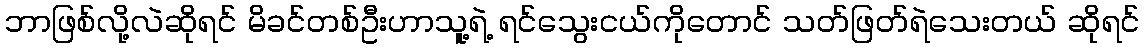
ဘာဖြစ်လို့လဲဆိုရင် မိခင်တစ်ဦးဟာသူ့ရဲ့ ရင်သွေးငယ်ကိုတောင် သတ်ဖြတ်ရဲသေးတယ် ဆိုရင်